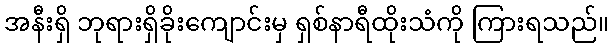
အနီးရှိ ဘုရားရှိခိုးကျောင်းမှ ရှစ်နာရီထိုးသံကို ကြားရသည်။